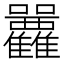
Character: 𡆛